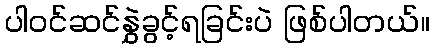
ပါဝင်ဆင်နွှဲခွင့်ရခြင်းပဲ ဖြစ်ပါတယ်။